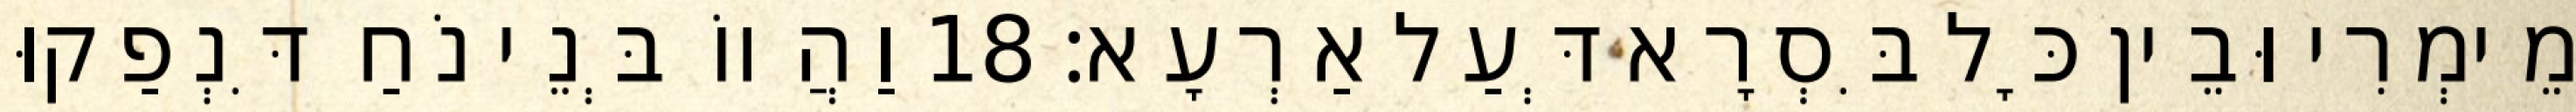
מֵימְרִי וּבֵין כָּל בִּסְרָא דְּעַל אַרְעָא׃ 18 וַהֲווֹ בְּנֵי נֹחַ דִּנְפַקוּ